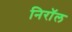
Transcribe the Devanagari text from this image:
निरॉल